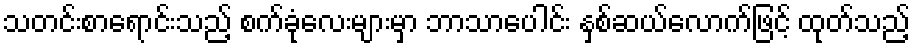
သတင်းစာရောင်းသည့် စက်ခုံလေးများမှာ ဘာသာပေါင်း နှစ်ဆယ်လောက်ဖြင့် ထုတ်သည့်